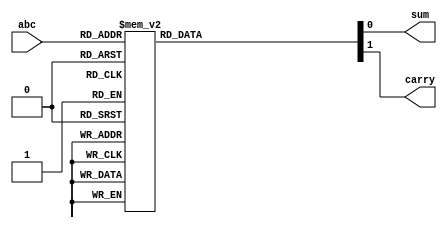
module fulladder(abc,sum,carry);
input [2:0]abc;
output sum,carry;
reg sum,carry;

always @(abc)
begin
    case(abc)
    3'd0: begin sum = 1'b0; carry = 1'b0; end
    3'd1: begin sum = 1'b1; carry = 1'b0; end
    3'd2: begin sum = 1'b1; carry = 1'b0; end
    3'd3: begin sum = 1'b0; carry = 1'b1; end
    3'd4: begin sum = 1'b1; carry = 1'b0; end
    3'd5: begin sum = 1'b0; carry = 1'b1; end
    3'd6: begin sum = 1'b0; carry = 1'b1; end
    3'd7: begin sum = 1'b1; carry = 1'b1; end
    default: begin end
    endcase
end
endmodule

module test;
wire sum,carry;
reg [2:0]abc;

fulladder f1(abc,sum,carry);

initial 
begin
    $dumpfile("3_full_adder.vcd");
    $dumpvars(0,test);

    #5 abc = 3'd0;
    #5 abc = 3'd1;
    #5 abc = 3'd2;
    #5 abc = 3'd3;
    #5 abc = 3'd4;
    #5 abc = 3'd5;
    #5 abc = 3'd6;
    #5 abc = 3'd7;
    #5 $finish;

end

always @(abc)
$strobe("At time = (%0t),abc = (%b),sum = (%b),carry = (%b)",$time,abc,sum,carry);

endmodule